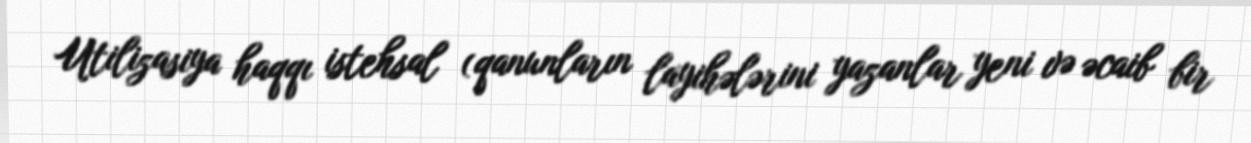
Utilizasiya haqqı istehsal (qanunların layihələrini yazanlar yeni və əcaib bir